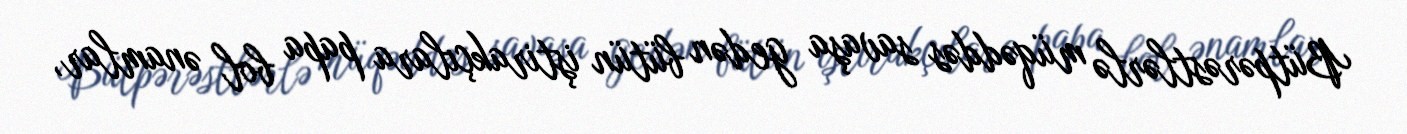
Bütpərəstlərlə müqəddəs savaşa gedən bütün iştirakçılara papa bol ənamlar,